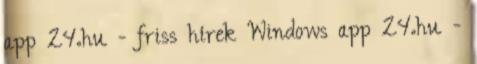
app 24.hu - friss hírek Windows app 24.hu -